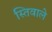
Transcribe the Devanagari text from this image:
स्तिवाले